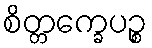
စိတ္တက္ခေပဉ္စ